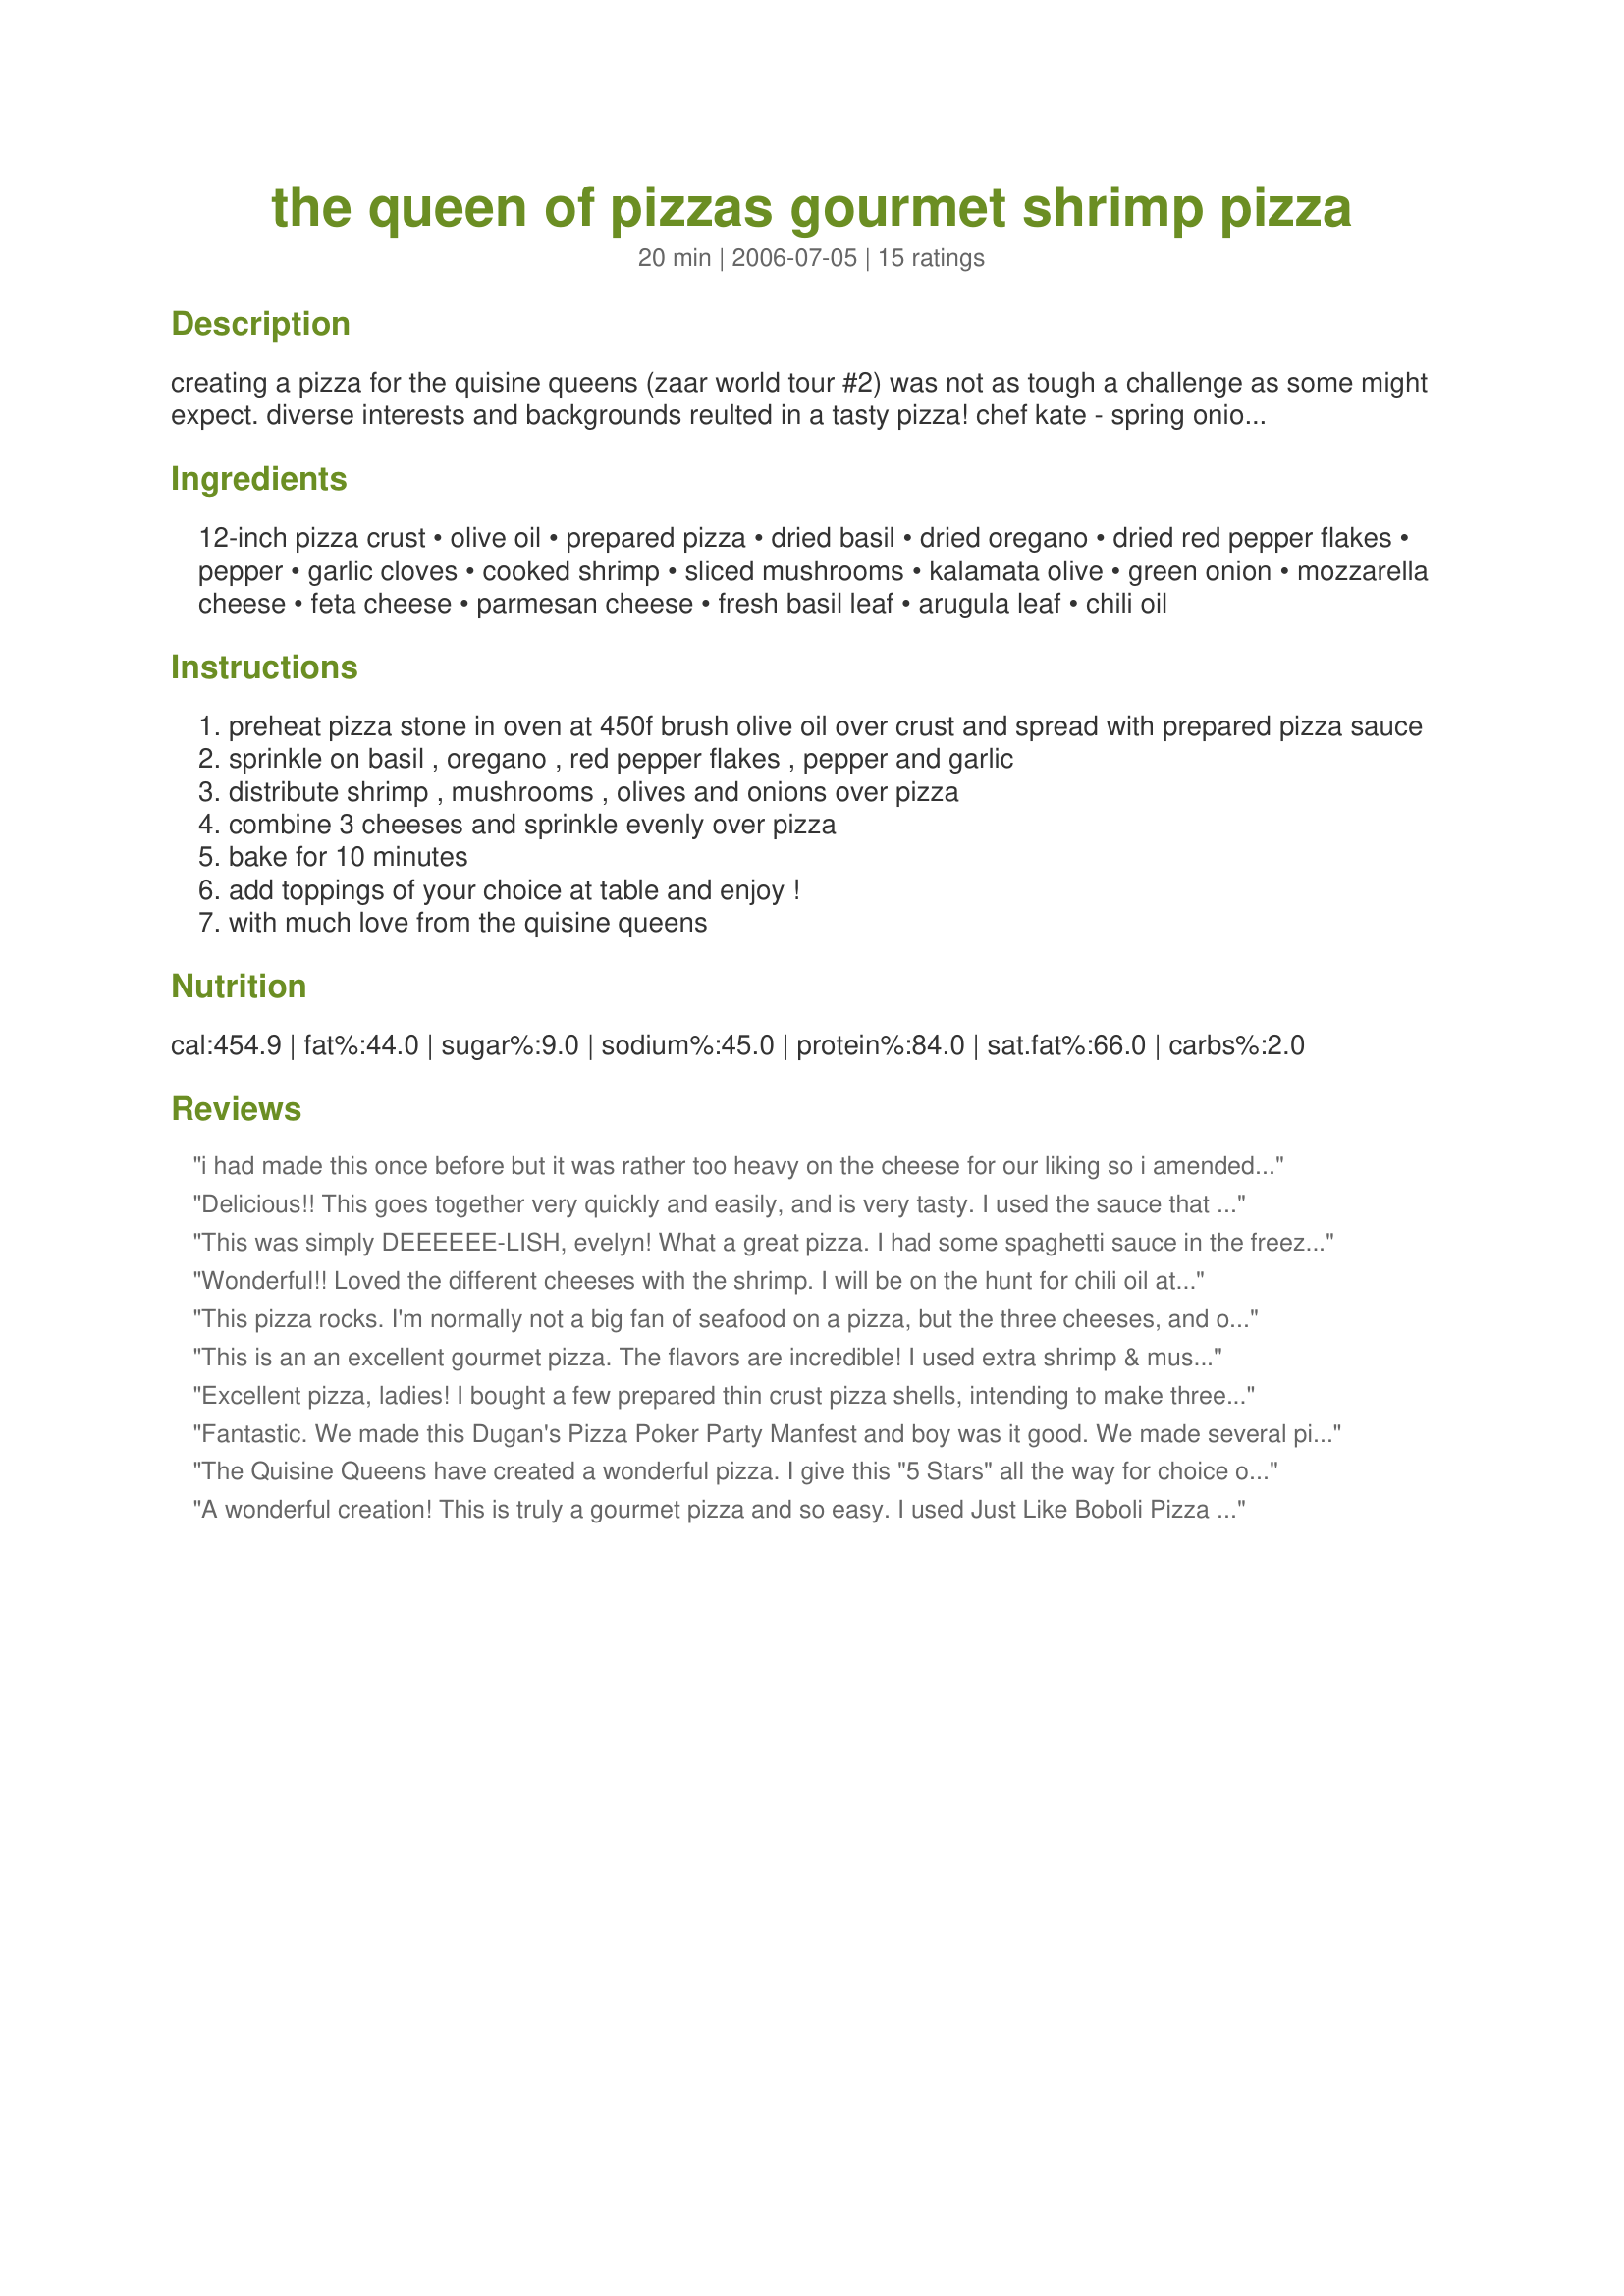
the queen of pizzas gourmet shrimp pizza
Preparation time: 20 minutes

creating a pizza for the quisine queens (zaar world tour #2) was not as tough a challenge as some might expect. diverse interests and backgrounds reulted in a tasty pizza!
chef kate - spring onions,
susie d - shrimp,
lauralie41 - prepared crust and sauce
katia - kalamata olives,
evelyn/athens - feta,
twissis - mushrooms,
tigerduck - arugula and chili oil,
stormylee - mozzarella,
chefwally - red pepper flakes and fresh basil

Ingredients:
12-inch pizza crust, olive oil, prepared pizza, dried basil, dried oregano, dried red pepper flakes, pepper, garlic cloves, cooked shrimp, sliced mushrooms, kalamata olive, green onion, mozzarella cheese, feta cheese, parmesan cheese, fresh basil leaf, arugula leaf, chili oil

Steps:
preheat pizza stone in oven at 450f brush olive oil over crust and spread with prepared pizza sauce
sprinkle on basil , oregano , red pepper flakes , pepper and garlic
distribute shrimp , mushrooms , olives and onions over pizza
combine 3 cheeses and sprinkle evenly over pizza
bake for 10 minutes
add toppings of your choice at table and enjoy !
with much love from the quisine queens

Reviews:
i had made this once before but it was rather too heavy on the cheese for our liking so i amended it with spectacular results! I increased the amount of sauce by double, i cooked the shrimp in chilli oil, and halved the amount of mozzarella and quartered the amount of feta leaving the parmesan at recipe quantity. when it had cooked i covered it with chopped fresh coriander and drizzled it with chilli oil. a pizza to die for - this was my dear husbands comment!
Delicious!! This goes together very quickly and easily, and is very tasty. I used the sauce that came with the Boboli and doubled the garlic amount to 4 cloves. Also, I used an Italian "crumbles" 4 cheese blend that had mozzarella, provolone, romano, and asiago cheeses. The chili oil and fresh basil really added to the wonderful flavor (I didn't use arugula). Thank you for sharing this fantastic pizza...it is definitely a keeper!!
This was simply DEEEEEE-LISH, evelyn! What a great pizza. I had some spaghetti sauce in the freezer I pulled out and used. I bought cooked shrimp from the fish store and heated them in chili oil with garlic, onions, and mushrooms. I put everything on a thin crust pizza crust and put on my stone on the grill. All DH and DS could say was MMM-MM GOOD!
Wonderful!! Loved the different cheeses with the shrimp. I will be on the hunt for chili oil at my next trip to the grocery store. Thanks to the Quisine Queens who obviously know thier pizza!
This pizza rocks. I'm normally not a big fan of seafood on a pizza, but the three cheeses, and other toppings worked together so well. I'll be making this again. Thanks Quisine Gueens.
This is an an excellent gourmet pizza. The flavors are incredible! I used extra shrimp & mushrooms, yum!!! I didn't have the argula, but loved the addition of fresh basil and chili oil. Ev, you did our team proud!! Thank you for your work and a wonderful pizza experience.
Excellent pizza, ladies! I bought a few prepared thin crust pizza shells, intending to make three different ZWT pizzas, but I didn't have all the ingredients for the other two pizzas, so I just made this one. Great combination of flavors (albeit a little on the stinky side when reheated the next day, due to the feta, I'm sure). I didn't even futz with this recipe at all, which anyone who is familiar with my recipe reviews knows I ALWAYS do (compulsive recipe twiddler lol), so you should be very proud of your pizza! Thanks for posting! :)
Fantastic. We made this Dugan's Pizza Poker Party Manfest and boy was it good. We made several pizzas and this one was my personal favorite. I adore shrimp.
The Quisine Queens have created a wonderful pizza. I give this "5 Stars" all the way for choice of ingredients, ease of preparation, easy to follow directions, and taste.
I really enjoyed this pizza. thanks for sharing it. Nick's Mom
A wonderful creation! This is truly a gourmet pizza and so easy. I used Just Like Boboli Pizza Crust recipe #86074 by Kittencal and "Papa John's Pizza" Pizza Sauce recipe #108447. Instead of chopping the shrimp, I sliced them in half lenghtwise. Unfortunately, I did not have chili oil, but did have fresh basil and added an extra measure of chili flakes.
Good. It was like having a Mediterranean dish. A little spicy. I added tomatoes just under the cheese and it was a nice addition (it just looked too pretty in the picture not to add). All the flavors blended really well together.
I finally got around to making this and I must say the Queens came up with a wonderful combination. I did skip the mushrooms (next time, Twissis, I promise) but otherwise was pretty faithful to the recipe. I wanted indiviudal pizzas so I cheated slightly and used flour tortillas for the base. Really a great flavor combo--the shrimp is an inspired ingredient here. This will be made again and again.
Who knew how easy pizza can be with pre-made pizza crust!! Loved the ingredients and the chili oil is the final “kapow!” on a “wow” pizza, try not to leave it out!…definitely spicy, but the shrimp gives just a hint of sweetness. I didn’t have feta, so substituted goat cheese. Thanks for a great recipe Quisine Queens!


This is amazing! My Mother-in-Law has traveled quite a bit and has had many wonderful meals both here and abroad. When I made this for dinner for her birthday, she said it was the best pizza she&#039;d ever had! I love Evelyn/Athens and thanks to all the wonderful cooks who contributed to this recipe...truly the best!!!!
ZWT over & my "I can't face cooking" phase nearly over too, I had a reunion w/Quisine Queens tonite & made our pizza. Thx to Lori (prepared crust & sauce), the prep was a snap. Loved the Greek flavour Katia & Ev provided (olives & feta). Stormylee & wally added a distinct Italian flavour w/basil, pepper flakes & mozzarella. Lovely Icelandic baby shrimp made Susie D the star of the pizza. I didn't have spring onion, arugula or chili oil, but subbed leek & some Tobasco ... so Kate & duck were there in spirit. Then there was the mushrooms - I do so love my mushrooms! Great pizza gals, says this QQ proudly. :-)
